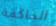
الحاكمة